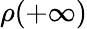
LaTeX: \rho(+\infty)